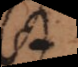
st